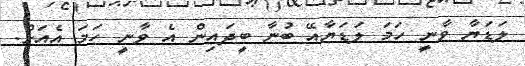
ލަޑަޔާ ވާނީ ހަމަ ލަޑަޔާއޭ ބުނާ ބީދައިން އެ ވާނީ ހަމަ އެއަށް.